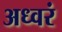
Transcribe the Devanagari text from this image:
अध्वरं